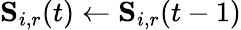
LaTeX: \mathbf{S}_{i,r}(t)\gets\mathbf{S}_{i,r}(t-1)